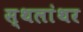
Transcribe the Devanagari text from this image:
स्थलांथर